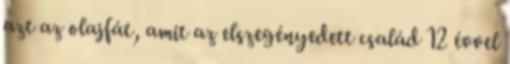
azt az olajfát, amit az elszegényedett család 12 évvel